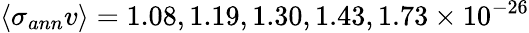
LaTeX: \langle\sigma_{ann}v\rangle=1.08,1.19,1.30,1.43,1.73\times 10^{-26}